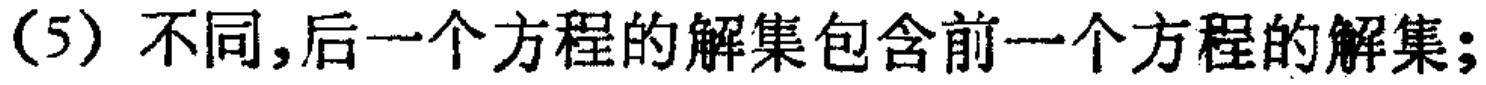
(5) 不同,后一个方程的解集包含前一个方程的解集;